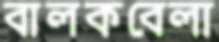
বালকবেলা